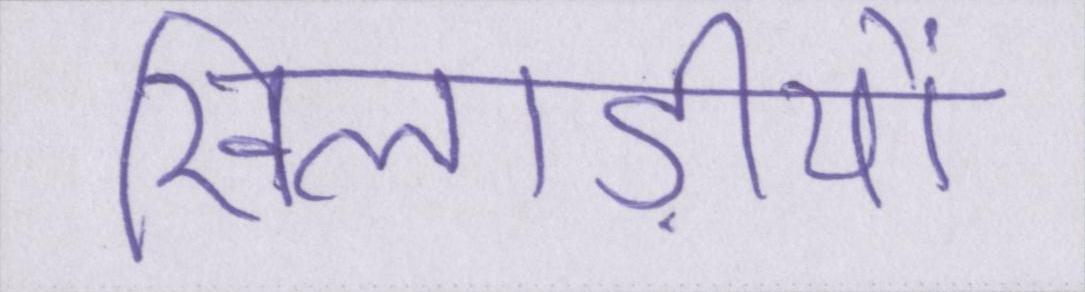
खिलाड़ीयों